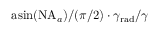
\mathrm { a s i n } ( \mathrm { N A } _ { a } ) / ( \pi / 2 ) \cdot \gamma _ { \mathrm { r a d } } / \gamma